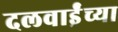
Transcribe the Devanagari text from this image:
दलवाईंच्या